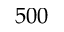
5 0 0